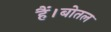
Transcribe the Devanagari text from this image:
हैं।बोतल